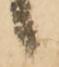
候